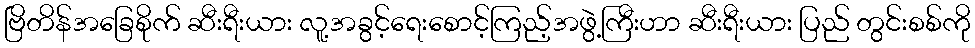
ဗြိတိန်အခြေစိုက် ဆီးရီးယား လူ့အခွင့်ရေးစောင့်ကြည့်အဖွဲ့ကြီးဟာ ဆီးရီးယား ပြည် တွင်းစစ်ကို